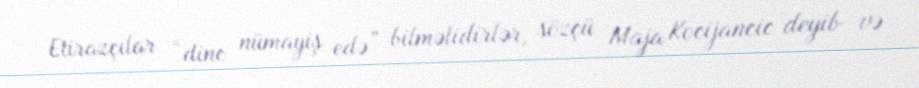
Etirazçılar “dinc nümayiş edə” bilməlidirlər, sözçü Maja Kocijancic deyib və